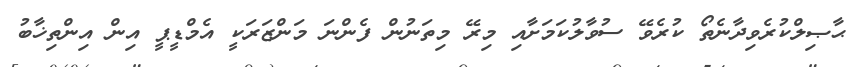
ޙާޞިލްކުރެވިދާނެތޯ ކުރެވޭ ސުވާލުކަމަށާއި މިރޭ މިތަނުން ފެންނަ މަންޒަރަކީ އެމްޑީޕީ އިން އިންތިޚާބު